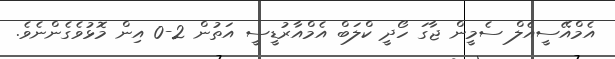
އެމްއޭސީއެލް ސެމީން ޖާގަ ހޯދީ ކްލަބް އެމްއާރުޑީސީ އަތުން 2-0 އިން މޮޅުވެގެންނެވެ.